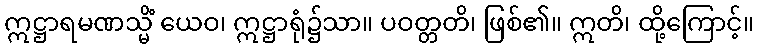
ဣဋ္ဌာရမဏသ္မိံ ယေဝ၊ ဣဋ္ဌာရုံ၌သာ။ ပဝတ္တတိ၊ ဖြစ်၏။ ဣတိ၊ ထို့ကြောင့်။